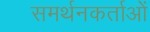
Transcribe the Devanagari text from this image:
समर्थनकर्ताओं